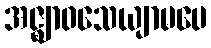
အဇ္ဈာဝသေယျာမပေ